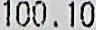
100.10